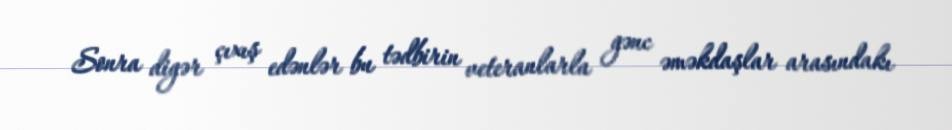
Sonra digər çıxış edənlər bu tədbirin veteranlarla gənc əməkdaşlar arasındakı